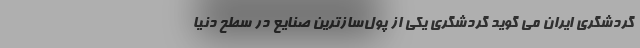
گردشگری ایران می گوید گردشگری یکی از پول­‌سازترین صنایع در سطح دنیا